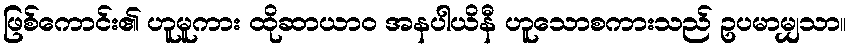
ဖြစ်ကောင်း၏ ဟူမူကား ထိုဆာယာဝ အနပါယိနီ ဟူသောစကားသည် ဥပမာမျှသာ။